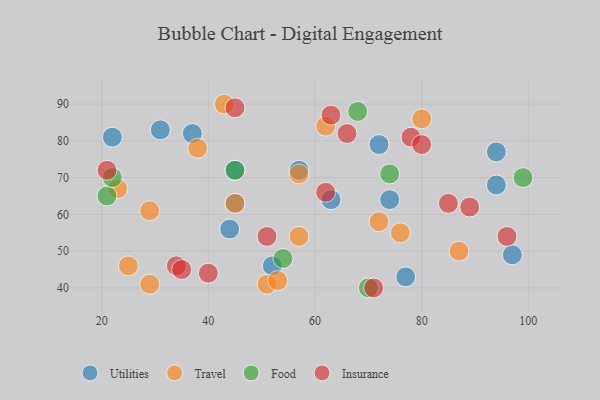
{"axis": {"x": "GDP", "y": "Life Expectancy"}, "legend": ["Food", "Insurance", "Travel", "Utilities"], "data": [{"x": "45", "y": 72, "type": "Utilities"}, {"x": "74", "y": 64, "type": "Utilities"}, {"x": "94", "y": 68, "type": "Utilities"}, {"x": "77", "y": 43, "type": "Utilities"}, {"x": "45", "y": 63, "type": "Utilities"}, {"x": "37", "y": 82, "type": "Utilities"}, {"x": "57", "y": 72, "type": "Utilities"}, {"x": "63", "y": 64, "type": "Utilities"}, {"x": "94", "y": 77, "type": "Utilities"}, {"x": "44", "y": 56, "type": "Utilities"}, {"x": "97", "y": 49, "type": "Utilities"}, {"x": "52", "y": 46, "type": "Utilities"}, {"x": "72", "y": 79, "type": "Utilities"}, {"x": "31", "y": 83, "type": "Utilities"}, {"x": "22", "y": 81, "type": "Utilities"}, {"x": "29", "y": 61, "type": "Travel"}, {"x": "80", "y": 86, "type": "Travel"}, {"x": "25", "y": 46, "type": "Travel"}, {"x": "29", "y": 41, "type": "Travel"}, {"x": "51", "y": 41, "type": "Travel"}, {"x": "87", "y": 50, "type": "Travel"}, {"x": "57", "y": 71, "type": "Travel"}, {"x": "45", "y": 63, "type": "Travel"}, {"x": "76", "y": 55, "type": "Travel"}, {"x": "43", "y": 90, "type": "Travel"}, {"x": "62", "y": 84, "type": "Travel"}, {"x": "72", "y": 58, "type": "Travel"}, {"x": "53", "y": 42, "type": "Travel"}, {"x": "57", "y": 54, "type": "Travel"}, {"x": "23", "y": 67, "type": "Travel"}, {"x": "38", "y": 78, "type": "Travel"}, {"x": "70", "y": 40, "type": "Food"}, {"x": "54", "y": 48, "type": "Food"}, {"x": "74", "y": 71, "type": "Food"}, {"x": "45", "y": 72, "type": "Food"}, {"x": "99", "y": 70, "type": "Food"}, {"x": "21", "y": 65, "type": "Food"}, {"x": "68", "y": 88, "type": "Food"}, {"x": "22", "y": 70, "type": "Food"}, {"x": "40", "y": 44, "type": "Insurance"}, {"x": "63", "y": 87, "type": "Insurance"}, {"x": "89", "y": 62, "type": "Insurance"}, {"x": "51", "y": 54, "type": "Insurance"}, {"x": "71", "y": 40, "type": "Insurance"}, {"x": "96", "y": 54, "type": "Insurance"}, {"x": "34", "y": 46, "type": "Insurance"}, {"x": "66", "y": 82, "type": "Insurance"}, {"x": "62", "y": 66, "type": "Insurance"}, {"x": "45", "y": 89, "type": "Insurance"}, {"x": "78", "y": 81, "type": "Insurance"}, {"x": "80", "y": 79, "type": "Insurance"}, {"x": "35", "y": 45, "type": "Insurance"}, {"x": "85", "y": 63, "type": "Insurance"}, {"x": "21", "y": 72, "type": "Insurance"}]}